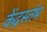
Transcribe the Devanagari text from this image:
केंद्रस्तंभ